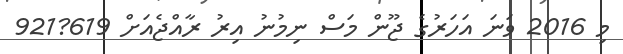
މި 2016 ވަނަ އަހަރުގެ ޖޫން މަސް ނިމުނު އިރު ރާއްޖެއަށް 619?921